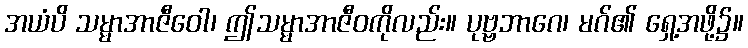
အယံပိ သမ္မာအာဇီဝေါ၊ ဤသမ္မာအာဇီဝကိုလည်း။ ပုဗ္ဗဘာဂေ၊ မဂ်၏ ရှေ့အဖို့၌။